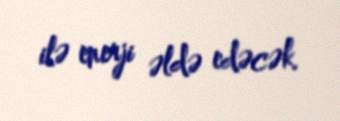
ilə enerji əldə edəcək.